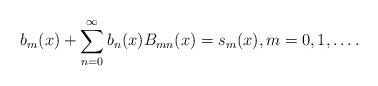
LaTeX: \begin{align*}b_{m}(x)+\sum_{n=0}^{\infty}b_{n}(x)B_{mn}(x)=s_{m}(x),m=0,1,\ldots.\end{align*}